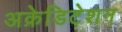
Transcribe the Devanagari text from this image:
अक्रेडिटेशन